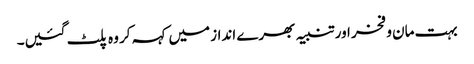
بہت مان و فخر اور تنبیہ بھرے انداز میں کہہ کر وہ پلٹ گئیں۔